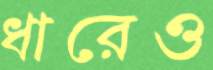
ধারেও